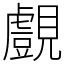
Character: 覻